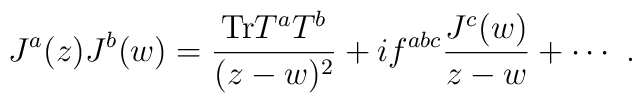
J^a(z)J^b(w)=\frac{{\rm Tr}T^aT^b}{(z-w)^2}+if^{abc}\frac{J^c(w)}{z-w}+\cdots~.